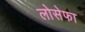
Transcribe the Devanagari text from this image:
लोसेफा